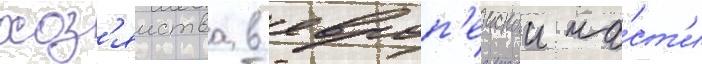
хоз'яиства в европ'еискои ча́ст'и